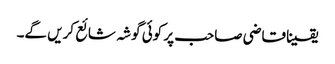
یقینا قاضی صاحب پر کوئی گوشہ شائع کریں گے۔